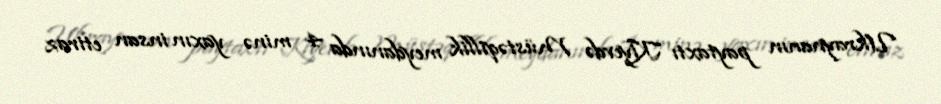
Ukraynanın paytaxtı Kiyevdə Müstəqillik meydanında 4 minə yaxın insan etiraz